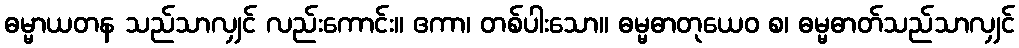
ဓမ္မာယတန သည်သာလျှင် လည်းကောင်း။ ဧကာ၊ တစ်ပါးသော။ ဓမ္မဓာတုယေဝ စ၊ ဓမ္မဓာတ်သည်သာလျှင်